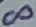
Text: 8